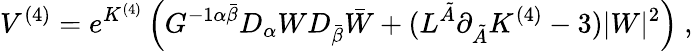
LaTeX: V^{(4)}=e^{K^{(4)}}\left(G^{-1\alpha\bar{\beta}}D_{\alpha}WD_{\bar{\beta}}\bar{W}+(L^{\tilde{A}}\partial_{\tilde{A}}K^{(4)}-3)|W|^{2}\right)\ ,